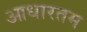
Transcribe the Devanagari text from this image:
आधारतम